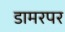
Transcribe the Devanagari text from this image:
डामरपर